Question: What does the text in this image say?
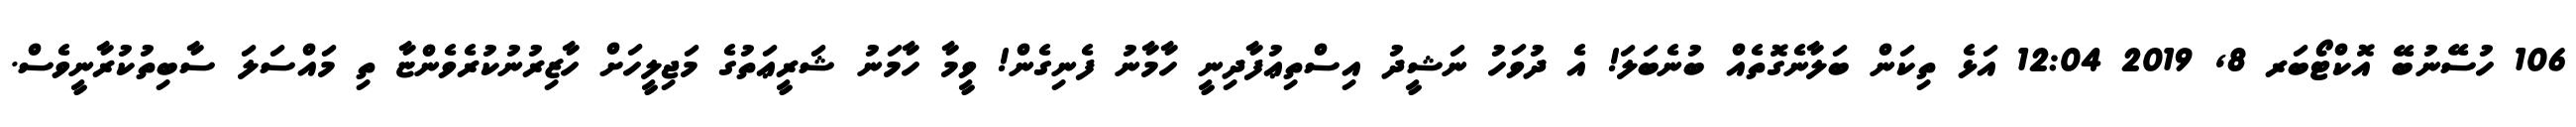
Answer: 106 ހުސޭނުބޭ އޮކްޓޯބަރ 8, 2019 12:04 އަޅެ ތިކަން ބަލާނެގޮތެއް ބުނެބަލަ! އެ ދުވަހު ނަޝީދު އިސްތިޢުފާދިނީ ހާމާނު ފެނިގެން! ވީމާ ހާމަނު ޝަރީޢަތުގެ މަޖިލީހަށް ހާޒިރުނުކުރެވެންޏާ ތި މައްސަލަ ސާބިތުކުރާނީވެސް.